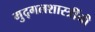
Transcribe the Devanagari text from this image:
मुद्गलशास्त्रींनी